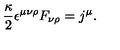
\frac { \kappa } { 2 } \epsilon ^ { \mu \nu \rho } F _ { \nu \rho } = j ^ { \mu } .